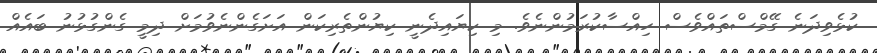
ކުޅެވިދަނެ ގޭމްސްތައްވެސް ހިއްސާކުރަމުންނެވެ. މި ކިޔައިދެނީ ކިޔުންތެރިކަން އަށަގެންނެވުމަށް ދިމީ ގެންގުޅުނު ބައެއް